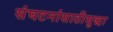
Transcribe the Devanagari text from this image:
संघटनांसाठीसुद्धा